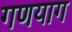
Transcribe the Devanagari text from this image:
गणयाग